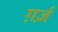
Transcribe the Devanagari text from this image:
ग़र्ज़